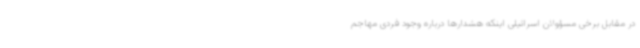
در مقابل برخی مسؤولان اسرائیلی اینکه هشدارها درباره وجود فردی مهاجم